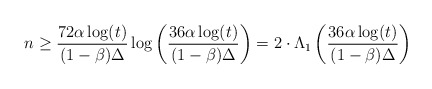
\begin{align*}n\geq\frac{72\alpha\log(t)}{(1-\beta)\Delta}\log\left(\frac{36\alpha\log(t)}{(1-\beta)\Delta}\right)=2\cdot\Lambda_{1}\left(\frac{36\alpha\log(t)}{(1-\beta)\Delta}\right)\end{align*}